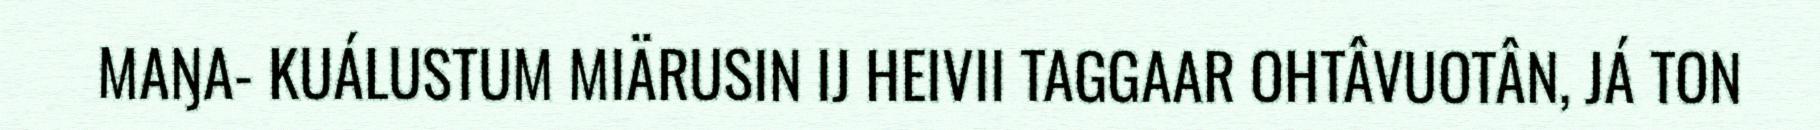
MAŊA- KUÁLUSTUM MIÄRUSIN IJ HEIVII TAGGAAR OHTÂVUOTÂN, JÁ TON